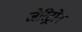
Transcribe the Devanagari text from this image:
जेरिट्रोन